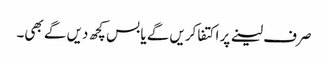
صرف لینے پر اکتفا کریں گے یا بس کچھ دیں گے بھی۔